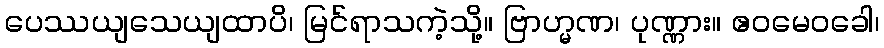
ပေဿယျသေယျထာပိ၊ မြင်ရာသကဲ့သို့။ ဗြာဟ္မဏ၊ ပုဏ္ဏား။ ဧဝမေဝခေါ၊